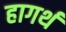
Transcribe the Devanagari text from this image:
हागर्थ